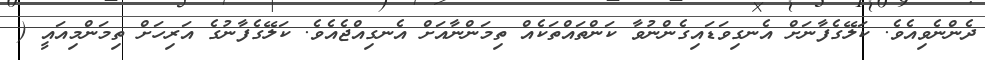
ދެންނެވިއެވެ. ކަލޭގެފާނަށް އެނގިވަޑައިގެންނުވާ ކަންތައްތަކެއް ތިމަންނާއަށް އެނގިއްޖެއެވެ. ކަލޭގެފާނުގެ އަރިހަށް ތިމަންމިއައީ (